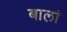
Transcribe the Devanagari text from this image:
बालां